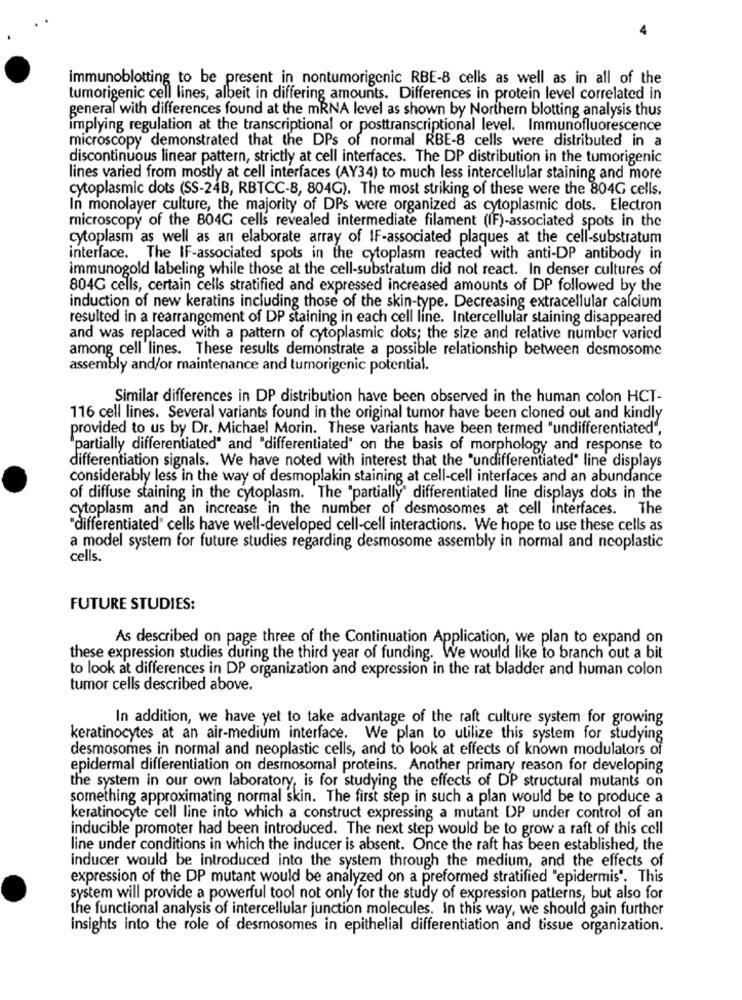
Immunoblotting to be present in nontumorigenic RBE-8 cells as well as in all of the
tumorigenic cell lines, albeit in differing amounts. Differences in protein level correlated in
general with differences found at the mRNA level as shown by Northern blotting analysis thus
implying regulation at the transcriptional or posttranscriptional level. Immunofluorescence
microscopy demonstrated that the DPs of normal RBE-8 cells were distributed in a
discontinuous linear pattern, strictly at cell interfaces. The DP distribution in the tumorigenic
lines varied from mostly at cell interfaces (AY34) to much less intercellular staining and more
cytoplasmic dots (SS-24B, RBTCC-8, 804G). The most striking of these were the 804G cells.
In monolayer culture, the majority of DPs were organized as cytoplasmic dots. Electron
microscopy of the 804G cells revealed intermediate filament (IF)-associated spots in the
cytoplasm as well as an elaborate array of IF-associated plaques at the cell-substratum
interface. The IF-associated spots in the cytoplasm reacted with anti-DP antibody in
immunogold labeling while those at the cell-substratum did not react. In denser cultures of
804G cells, certain cells stratified and expressed increased amounts of DP followed by the
induction of new keratins including those of the skin-type. Decreasing extracellular calcium
resulted in a rearrangement of DP staining in each cell line. Intercellular staining disappeared
and was replaced with a pattern of cytoplasmic dots; the size and relative number varied
among cell lines. These results demonstrate a possible relationship between desmosome
assembly and/or maintenance and tumorigenic potential.
Similar differences in DP distribution have been observed in the human colon HCT-
116 cell lines. Several variants found in the original tumor have been cloned out and kindly
provided to us by Dr. Michael Morin. These variants have been termed "undifferentiated",
"partially differentiated" and "differentiated" on the basis of morphology and response to
differentiation signals. We have noted with interest that the "undifferentiated" line displays
considerably less in the way of desmoplakin staining at cell-cell interfaces and an abundance
of diffuse staining in the cytoplasm. The "partially' differentiated line displays dots in the
cytoplasm and an increase in the number of desmosomes at cell interfaces. The
"differentiated" cells have well-developed cell-cell interactions. We hope to use these cells as
a model system for future studies regarding desmosome assembly in normal and neoplastic
cells.
FUTURE STUDIES:
As described on page three of the Continuation Application, we plan to expand on
these expression studies during the third year of funding. We would like to branch out a bit
to look at differences in DP organization and expression in the rat bladder and human colon
tumor cells described above.
In addition, we have yet to take advantage of the raft culture system for growing
keratinocytes at an air-medium interface. We plan to utilize this system for studying
desmosomes in normal and neoplastic cells, and to look at effects of known modulators of
epidermal differentiation on desmosomal proteins. Another primary reason for developing
the system in our own laboratory, is for studying the effects of DP structural mutants on
something approximating normal skin. The first step in such a plan would be to produce a
keratinocyte cell line into which a construct expressing a mutant DP under control of an
inducible promoter had been introduced. The next step would be to grow a raft of this cell
line under conditions in which the inducer is absent. Once the raft has been established, the
inducer would be introduced into the system through the medium, and the effects of
expression of the DP mutant would be analyzed on a preformed stratified "epidermis". This
system will provide a powerful tool not only for the study of expression patterns, but also for
the functional analysis of intercellular junction molecules. In this way, we should gain further
insights into the role of desmosomes in epithelial differentiation and tissue organization.